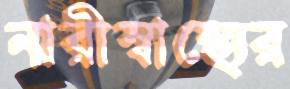
নারীস্বাস্থ্যের